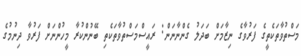
މަސްތުވާތަކެތީގެ ފަރުވާގެ ނިޒާމަށް ބަދަލު ގެންނާނަން: ރައީސްމަސްތުވާތަކެތި ބޭނުންކުރާ މީހުންނަށް ފަރުވާ ދިނުމުގެ